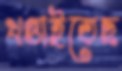
খণ্ডাইতেছ